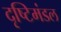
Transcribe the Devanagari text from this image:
दृष्टिमंडल